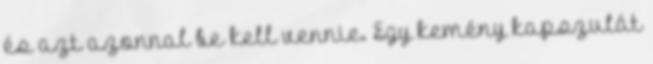
és azt azonnal be kell vennie. Egy kemény kapszulát